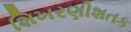
શિખરણીશતક